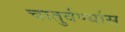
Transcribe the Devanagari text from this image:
चातुर्वर्ण्यास